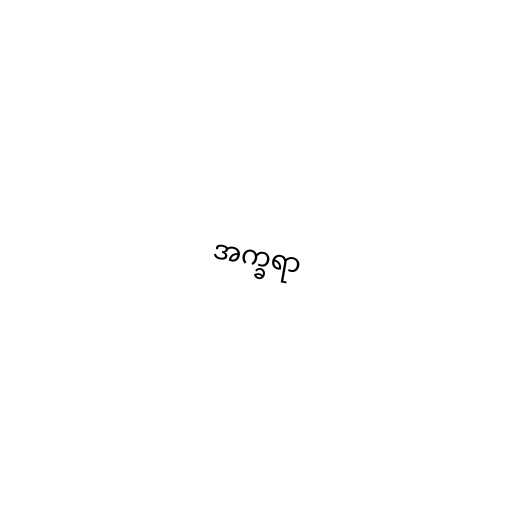
အက္ခရာ